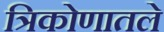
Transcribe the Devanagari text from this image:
त्रिकोणातले